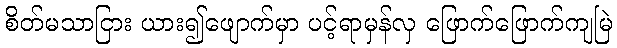
စိတ်မသာငြား ယား၍ဖျောက်မှာ ပင့်ရာမှန်လှ ဖြောက်ဖြောက်ကျမြဲ